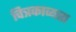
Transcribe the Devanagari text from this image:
चित्रकाव्यता